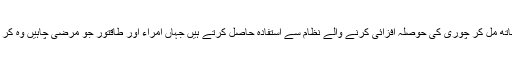
یہ دونوں ساتھ مل کر چوری کی حوصلہ افزائی کرنے والے نظام سے استفادہ حاصل کرتے ہیں جہاں امراء اور طاقتور جو مرضی چاہیں وہ کر سکتے ہیں۔